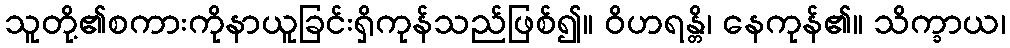
သူတို့၏စကားကိုနာယူခြင်းရှိကုန်သည်ဖြစ်၍။ ဝိဟရန္တိ၊ နေကုန်၏။ သိက္ခာယ၊